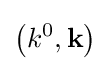
\left(k^{0},\mathbf {k} \right)